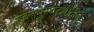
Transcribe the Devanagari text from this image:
रक्तपुरवठ्यातील